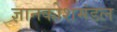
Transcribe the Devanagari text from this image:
ज्ञानकोशमंडल